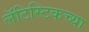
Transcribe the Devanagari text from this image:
लॅटिस्टिकच्या